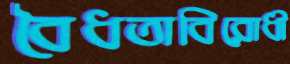
বৈধতাবিরোধী